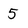
Character: 5